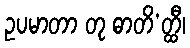
ဥပမာတာ တု ဓာတိ’တ္ထီ၊